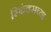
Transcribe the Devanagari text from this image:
स्फिंक्सच्या